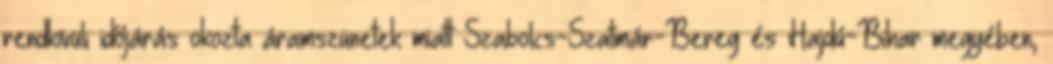
rendkívüli időjárás okozta áramszünetek miatt Szabolcs-Szatmár-Bereg és Hajdú-Bihar megyében,